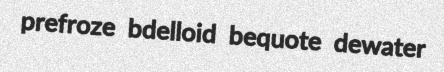
prefroze bdelloid bequote dewater